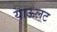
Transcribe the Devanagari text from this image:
याऊलट